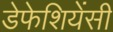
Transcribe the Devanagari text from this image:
डेफेशियेंसी